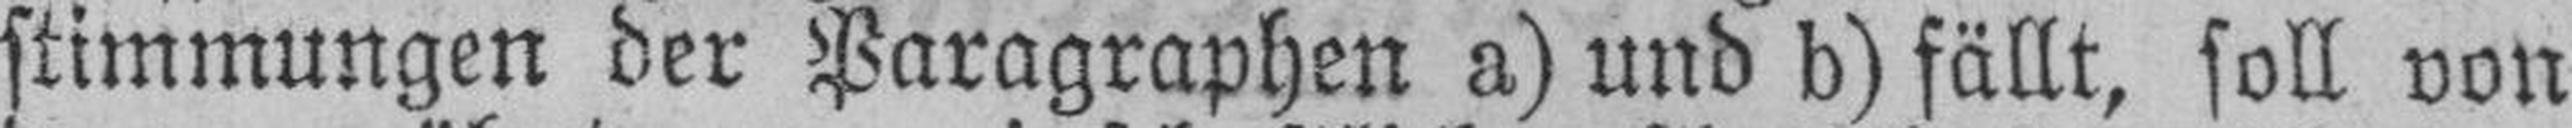
stimmungen der Paragraphen a) und b) fällt, soll von